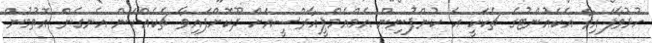
ހުޅުވާފައިވާ އެކައުންޓުގެ ޗެކަކީ އެ ކުންފުނިން އެމްއެމްޕީއާރްސީއަށް ދޫކޮށްފައިވާ ޗެކެއްކަން އެނގެން އޮތުމުން